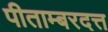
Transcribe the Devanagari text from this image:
पीताम्बरदत्त